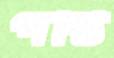
পষ্টি